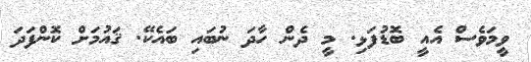
ވީމަވެސް އެއީ ބޮޑުފަޅި. މީ ދެން ހާދަ ނުބައި ބައެކޭ. ޤައުމަށް ކޮންފަދަ